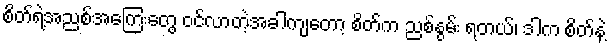
စိတ်ရဲ့အညစ်အကြေးတွေ ဝင်လာတဲ့အခါကျတော့ စိတ်က ညစ်နွမ်း ရတယ်၊ ဒါက စိတ်နဲ့